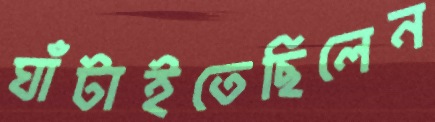
ঘাঁটাইতেছিলেন